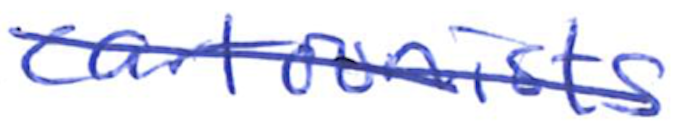
Text: cartoonists
Cross-out: diagonal
Writing tool: ballpoint